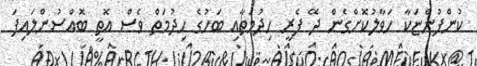
ކުންފުންޏަކާ ހަވާލުކޮށްގެން ދޭ ފެރީ ހިދުމަތާއި ބަހުގެ ހިދުމަތް ވެސް އޮތީ ބޮއްސުންލައިފަ